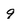
Character: 9